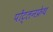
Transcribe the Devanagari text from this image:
पोंट्लनफ्रेथ